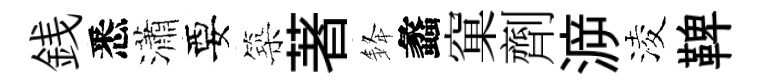
銭悉瀟要築著𨦟蠡窠劑㴑淩鞞